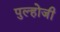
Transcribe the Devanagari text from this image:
पुल्होजी